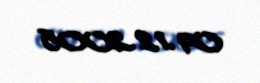
09.12.2005